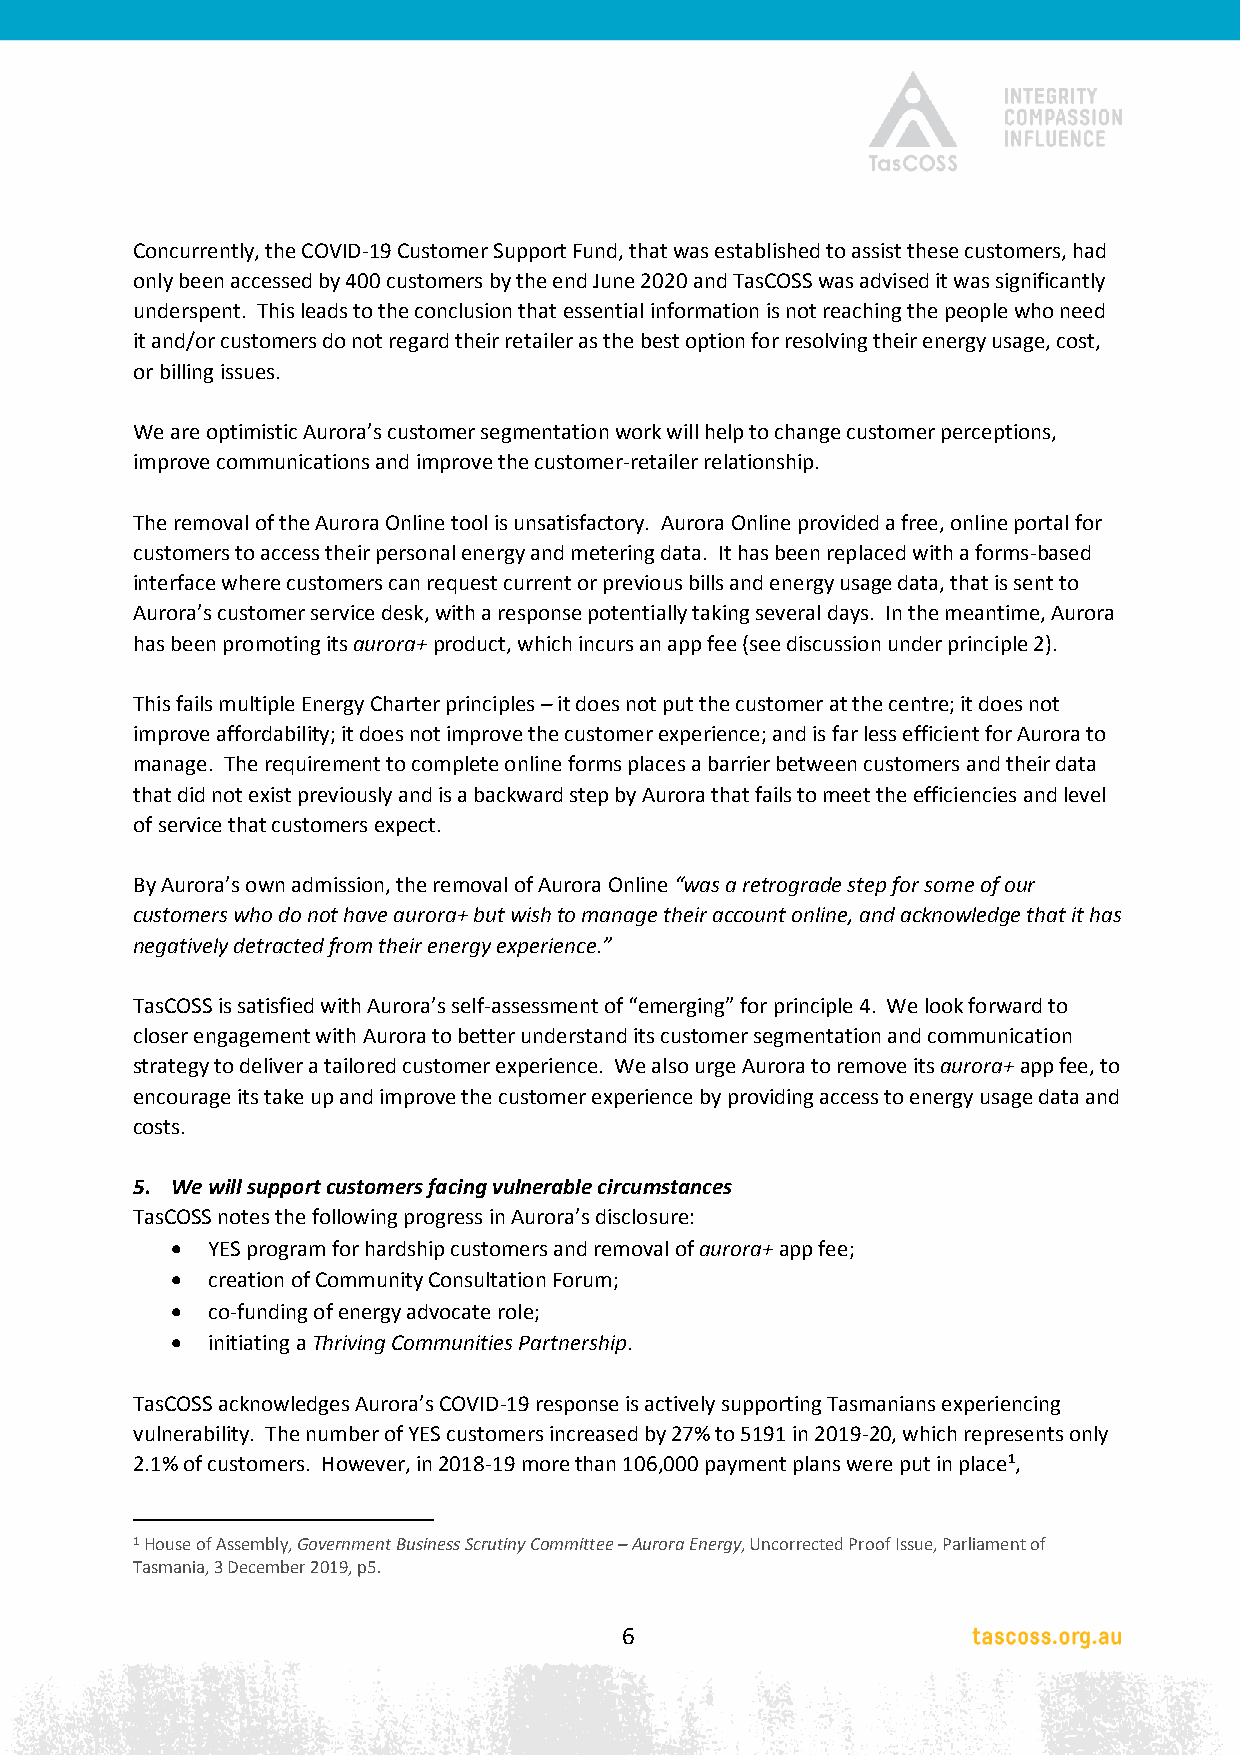
Concurrently, the COVID-19 Customer Support Fund, that was established to assist these customers, had
 only been accessed by 400 customers by the end June 2020 and TasCOSS was advised it was significantly
 underspent. This leads to the conclusion that essential information is not reaching the people who need
 it and/or customers do not regard their retailer as the best option for resolving their energy usage, cost,
 or billing issues.
 We are optimistic Aurora’s customer segmentation work will help to change customer perceptions,
 improve communications and improve the customer-retailer relationship.
 The removal of the Aurora Online tool is unsatisfactory. Aurora Online provided a free, online portal for
 customers to access their personal energy and metering data. It has been replaced with a forms-based
 interface where customers can request current or previous bills and energy usage data, that is sent to
 Aurora’s customer service desk, with a response potentially taking several days. In the meantime, Aurora
 has been promoting its aurora+ product, which incurs an app fee (see discussion under principle 2).
 This fails multiple Energy Charter principles – it does not put the customer at the centre; it does not
 improve affordability; it does not improve the customer experience; and is far less efficient for Aurora to
 manage. The requirement to complete online forms places a barrier between customers and their data
 that did not exist previously and is a backward step by Aurora that fails to meet the efficiencies and level
 of service that customers expect.
 By Aurora’s own admission, the removal of Aurora Online “was a retrograde step for some of our
 customers who do not have aurora+ but wish to manage their account online, and acknowledge that it has
 negatively detracted from their energy experience.”
 TasCOSS is satisfied with Aurora’s self-assessment of “emerging” for principle 4. We look forward to
 closer engagement with Aurora to better understand its customer segmentation and communication
 strategy to deliver a tailored customer experience. We also urge Aurora to remove its aurora+ app fee, to
 encourage its take up and improve the customer experience by providing access to energy usage data and
 costs.
 5. We will support customers facing vulnerable circumstances
 TasCOSS notes the following progress in Aurora’s disclosure:
   YES program for hardship customers and removal of aurora+ app fee;
   creation of Community Consultation Forum;
   co-funding of energy advocate role;
   initiating a Thriving Communities Partnership.
 TasCOSS acknowledges Aurora’s COVID-19 response is actively supporting Tasmanians experiencing
 vulnerability. The number of YES customers increased by 27% to 5191 in 2019-20, which represents only
 2.1% of customers. However, in 2018-19 more than 106,000 payment plans were put in place1,
 1 House of Assembly, Government Business Scrutiny Committee – Aurora Energy, Uncorrected Proof Issue, Parliament of
 Tasmania, 3 December 2019, p5.
 6